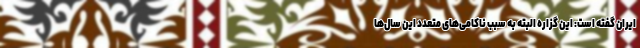
ایران گفته است: این گزاره البته به سبب ناکامی‌های متعدد این سال‌ها